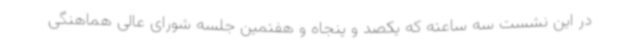
در این نشست سه ساعته که یکصد و پنجاه و هفتمین جلسه شورای عالی هماهنگی